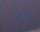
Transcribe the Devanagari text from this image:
लोगोंॱ